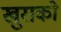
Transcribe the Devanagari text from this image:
खुराको